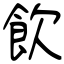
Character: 飲